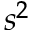
s ^ { 2 }